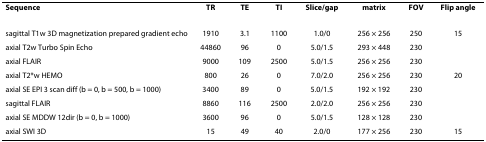
<table><thead><tr><td><b>Sequence</b></td><td><b>TR</b></td><td><b>TE</b></td><td><b>TI</b></td><td><b>Slice/gap</b></td><td><b>matrix</b></td><td><b>FOV</b></td><td><b>Flip angle</b></td></tr></thead><tbody><tr><td>sagittal T1w 3D magnetization prepared gradient echo</td><td>1910</td><td>3.1</td><td>1100</td><td>1.0/0</td><td>256 × 256</td><td>250</td><td>15</td></tr><tr><td>axial T2w Turbo Spin Echo</td><td>44860</td><td>96</td><td>0</td><td>5.0/1.5</td><td>293 × 448</td><td>230</td><td></td></tr><tr><td>axial FLAIR</td><td>9000</td><td>109</td><td>2500</td><td>5.0/1.5</td><td>256 × 256</td><td>230</td><td></td></tr><tr><td>axial T2*w HEMO</td><td>800</td><td>26</td><td>0</td><td>7.0/2.0</td><td>256 × 256</td><td>230</td><td>20</td></tr><tr><td>axial SE EPI 3 scan diff (b = 0, b = 500, b = 1000)</td><td>3400</td><td>89</td><td>0</td><td>5.0/1.5</td><td>192 × 192</td><td>230</td><td></td></tr><tr><td>sagittal FLAIR</td><td>8860</td><td>116</td><td>2500</td><td>2.0/2.0</td><td>256 × 256</td><td>230</td><td></td></tr><tr><td>axial SE MDDW 12dir (b = 0, b = 1000)</td><td>3600</td><td>96</td><td>0</td><td>5.0/1.5</td><td>128 × 128</td><td>230</td><td></td></tr><tr><td>axial SWI 3D</td><td>15</td><td>49</td><td>40</td><td>2.0/0</td><td>177 × 256</td><td>230</td><td>15</td></tr></tbody></table>